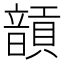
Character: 𩐵